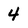
Character: 4